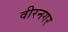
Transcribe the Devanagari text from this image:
वीरनगर